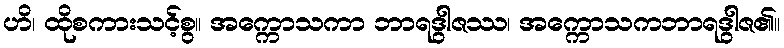
ဟိ၊ ထိုစကားသင့်စွ။ အက္ကောသကာ ဘာရဒွါဇဿ၊ အက္ကောသကဘာရဒွါဇ၏။